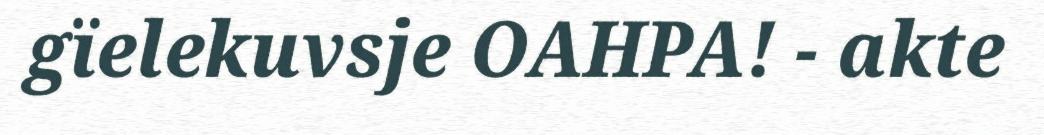
gïelekuvsje OAHPA! - akte